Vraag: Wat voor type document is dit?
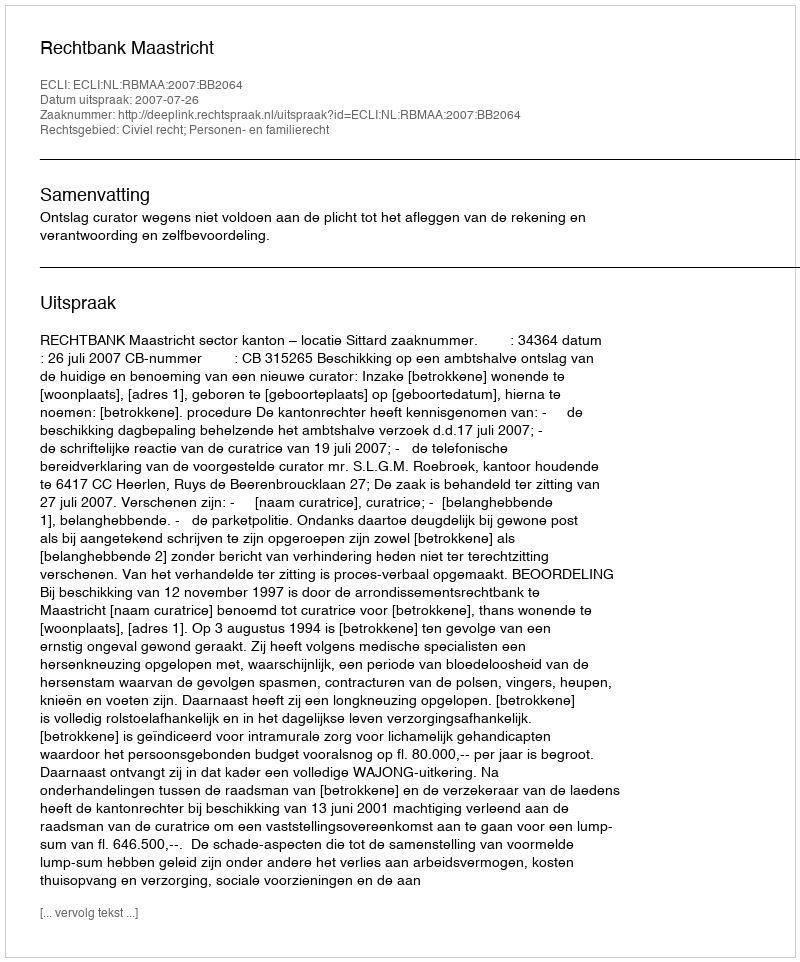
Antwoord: Uitspraak